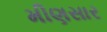
મીણસાર